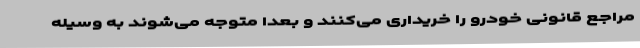
مراجع قانونی خودرو را خریداری می‌کنند و بعداً متوجه می‌شوند به وسیله